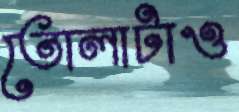
তোলাটাও